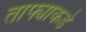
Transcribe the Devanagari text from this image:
ताफ्याकडे